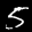
Label: 5